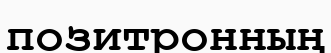
позитронның